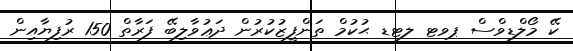
ކޭ މޯލްޑިވްސް ޕވޓ ލޓޑ ޙުކުމް ތަންފީޒުކުރުން ދަޢުވާލިބޭ ފަރާތް 150 ރުފިޔާއިން